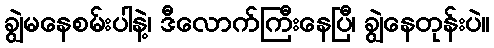
ချွဲမနေစမ်းပါနဲ့၊ ဒီလောက်ကြီးနေပြီ၊ ချွဲနေတုန်းပဲ။